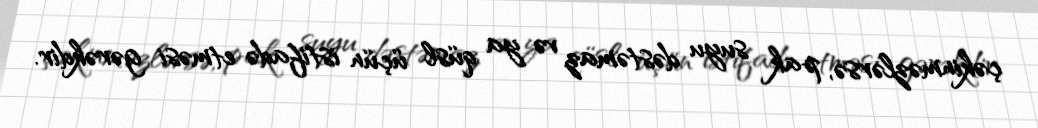
çəkinməzlərsə, pak suyu dəstəmaz və ya qüsl üçün istifadə etməsi gərəkdir.